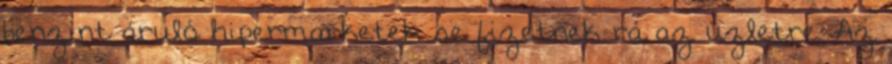
benzint áruló hipermarketek se fizetnek rá az üzletre. Az